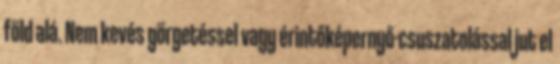
föld alá. Nem kevés görgetéssel vagy érintőképernyő-csuszatolással jut el